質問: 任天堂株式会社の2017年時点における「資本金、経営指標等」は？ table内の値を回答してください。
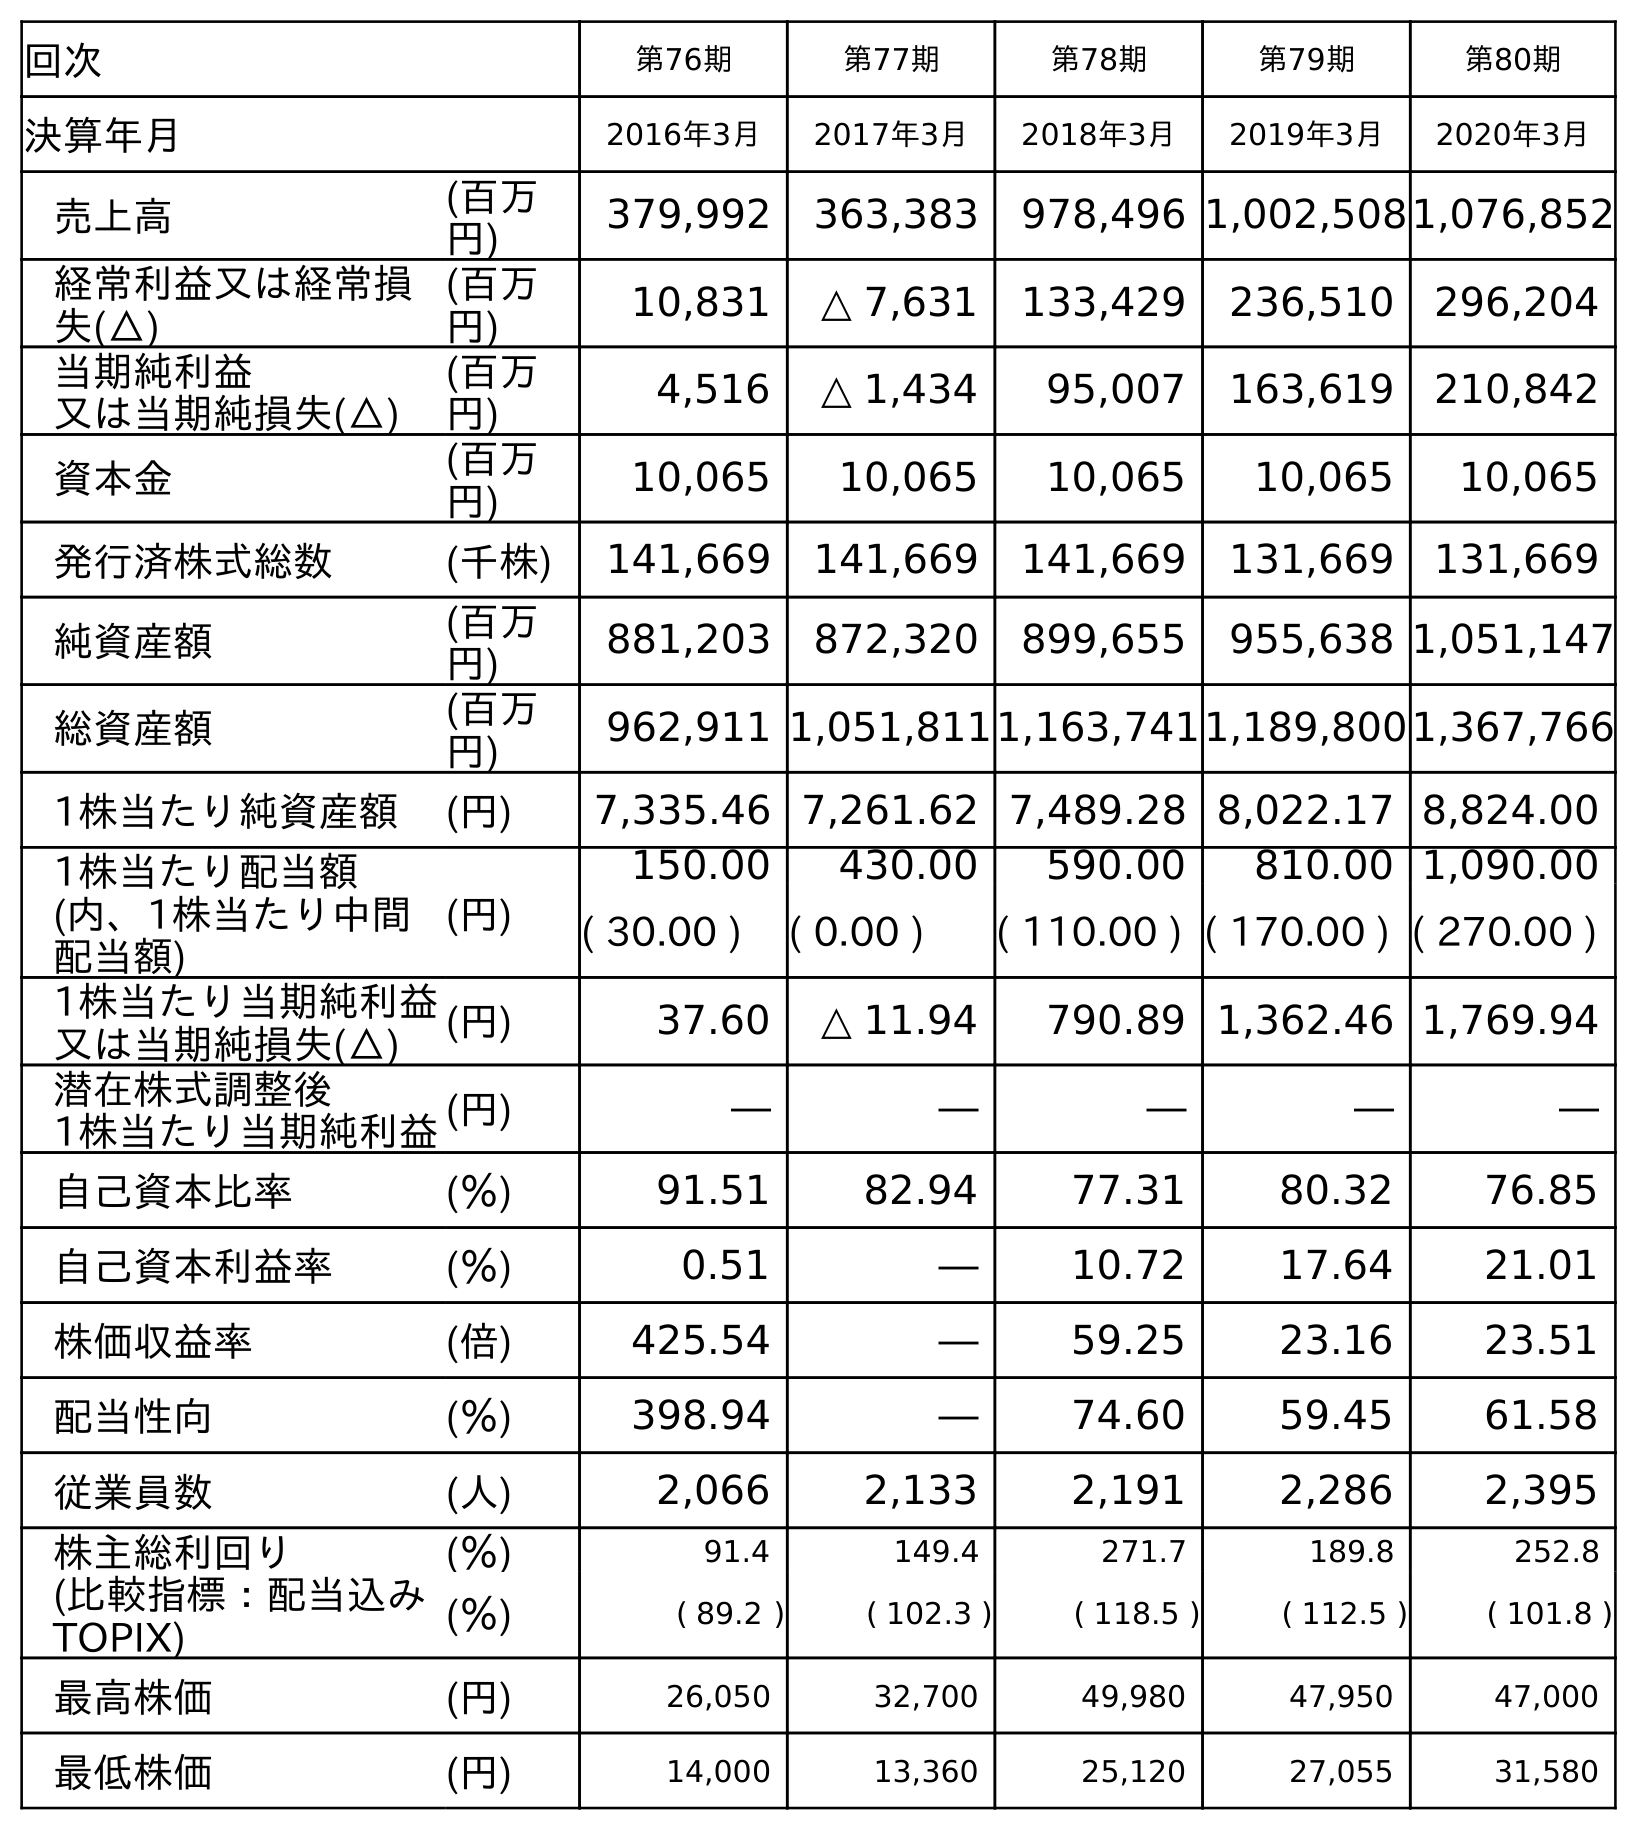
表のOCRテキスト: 回次 第76期 第77期 第78期 第79期 第80期 決算年月 2016年3月 2017年3月 2018年3月 2019年3月 2020年3月 売上高 (百万 円) 379,992 363,383 978,496 1,002,5081,076,852 経常利益又は経常損 失(△) (百万 円) 10,831 △ 7,631 133,429 236,510 296,204 当期純利益 又は当期純損失(△) (百万 円) 4,516 △ 1,434 95,007 163,619 210,842 資本金 (百万 円) 10,065 10,065 10,065 10,065 10,065 発行済株式総数 (千株) 141,669 141,669 141,669 131,669 131,669 純資産額 (百万 円) 881,203 872,320 899,655 955,638 1,051,147 総資産額 (百万 円) 962,911 1,051,8111,163,7411,189,8001,367,766 1株当たり純資産額 (円) 7,335.46 7,261.62 7,489.28 8,022.17 8,824.00 1株当たり配当額 (内、1株当たり中間 配当額) (円) 150.00 430.00 590.00 810.00 1,090.00 ( 30.00 ) ( 0.00 ) ( 110.00 ) ( 170.00 ) ( 270.00 ) 1株当たり当期純利益 又は当期純損失(△) (円) 37.60 △ 11.94 790.89 1,362.46 1,769.94 潜在株式調整後 1株当たり当期純利益(円) ― ― ― ― ― 自己資本比率 (％) 91.51 82.94 77.31 80.32 76.85 自己資本利益率 (％) 0.51 ― 10.72 17.64 21.01 株価収益率 (倍) 425.54 ― 59.25 23.16 23.51 配当性向 (％) 398.94 ― 74.60 59.45 61.58 従業員数 (人) 2,066 2,133 2,191 2,286 2,395 株主総利回り (比較指標：配当込み TOPIX) (％) 91.4 149.4 271.7 189.8 252.8 (％) ( 89.2 ) ( 102.3 ) ( 118.5 ) ( 112.5 ) ( 101.8 ) 最高株価 (円) 26,050 32,700 49,980 47,950 47,000 最低株価 (円) 14,000 13,360 25,120 27,055 31,580
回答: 10,065